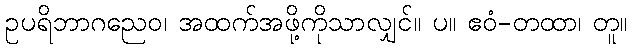
ဥပရိဘာဂညေဝ၊ အထက်အဖို့ကိုသာလျှင်။ ပ။ ဧဝံ-တထာ၊ တူ။